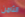
الثامن